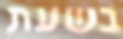
בשעת